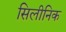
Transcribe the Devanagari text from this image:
सिलीनिक